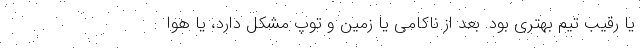
یا رقیب تیم بهتری بود. بعد از ناکامی یا زمین و توپ مشکل دارد، یا هوا